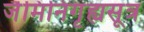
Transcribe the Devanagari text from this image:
जैमिनिगृह्यसूत्र